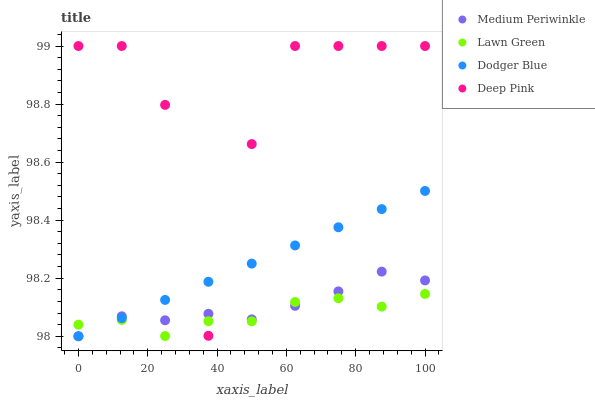
| xaxis_label | Medium Periwinkle | Lawn Green | Dodger Blue | Deep Pink |
 | --- | --- | --- | --- | --- |
 | 0 | 98 | 98 | 98 | 99 |
 | 12.5 | 98.1 | 98.1 | 98.1 | 99 |
 | 25 | 98.1 | 98 | 98.1 | 98.8 |
 | 37.5 | 98.1 | 98.1 | 98.2 | 98 |
 | 50 | 98.1 | 98.1 | 98.3 | 98.7 |
 | 62.5 | 98.1 | 98.1 | 98.3 | 99 |
 | 75 | 98.2 | 98.1 | 98.4 | 99 |
 | 87.5 | 98.2 | 98.1 | 98.4 | 99 |
 | 100 | 98.2 | 98.1 | 98.5 | 99 |